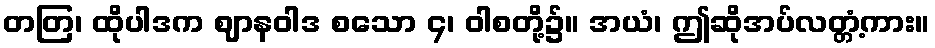
တတြ၊ ထိုပါဒက ဈာနဝါဒ စသော ၄၊ ဝါစတို့၌။ အယံ၊ ဤဆိုအပ်လတ္တံ့ကား။